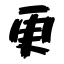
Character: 更